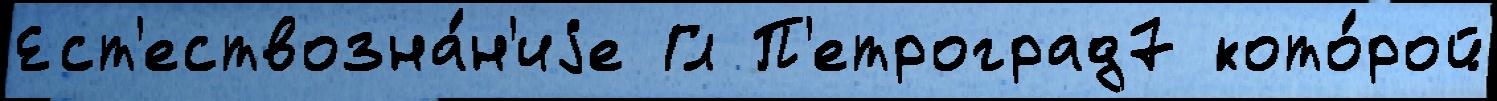
Ест'ествозна́н'иjе Гл П'етроград7 кото́рой